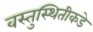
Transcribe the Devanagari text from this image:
वस्तुस्थितीकडे